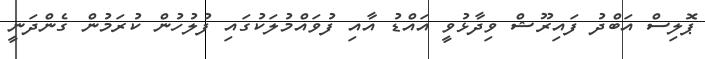
ޕޮލިސް އަބްދު ފައިރޫޝް ވިދާޅުވީ އައްޑު އާއި ފުވައްމުލަކުގައި ފުލުހުން ކުރަމުން ގެންދަނީ